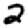
Digit: 2